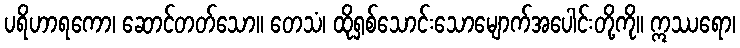
ပရိဟာရကော၊ ဆောင်တတ်သော။ တေသံ၊ ထိုရှစ်သောင်းသောမျောက်အပေါင်းတို့ကို။ ဣဿရော၊